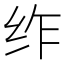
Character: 𮉣